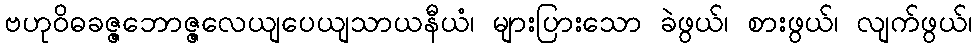
ဗဟုဝိဓခဇ္ဇဘောဇ္ဇလေယျပေယျသာယနီယံ၊ များပြားသော ခဲဖွယ်၊ စားဖွယ်၊ လျက်ဖွယ်၊